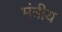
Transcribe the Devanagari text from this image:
मंत्रीय